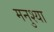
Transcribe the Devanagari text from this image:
मनुश्या